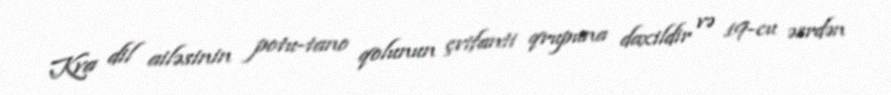
Kva dil ailəsinin potu-tano qolunun çvifanti qrupuna daxildir və 19-cu əsrdən